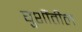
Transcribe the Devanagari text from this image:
घुशींतील